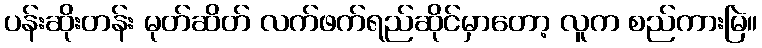
ပန်းဆိုးတန်း မုတ်ဆိတ် လက်ဖက်ရည်ဆိုင်မှာတော့ လူက စည်ကားမြဲ။